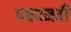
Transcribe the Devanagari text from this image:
पचपनवीं